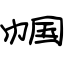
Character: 帼